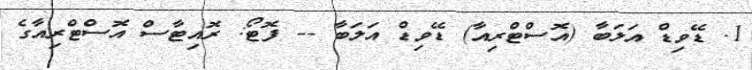
1. ޑޭވިޑް އަލަބާ (އޮސްޓްރިއާ) ޑޭވިޑް އަލަބާ -- ފޮޓޯ: ރޮއިޓާސް އޮސްޓްރިއާގެ